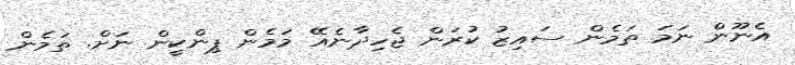
އެނޫން ނަމަ ތަމެން ސައިޒު ކުރަން ޖެހިދާނެއޭ މަމެން ޕިންކީން ނަށް. ތަމެން